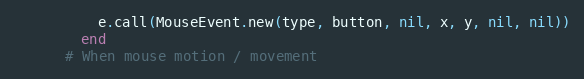
Language: Ruby
          e.call(MouseEvent.new(type, button, nil, x, y, nil, nil))
        end
      # When mouse motion / movement